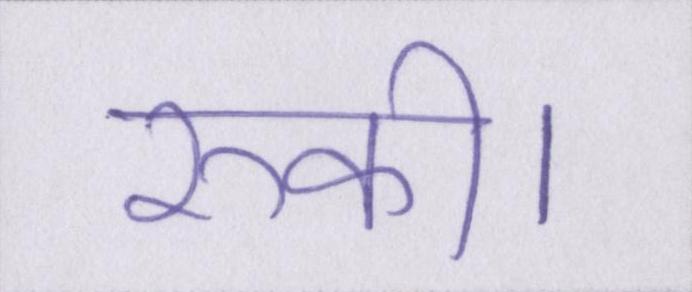
रुकी।